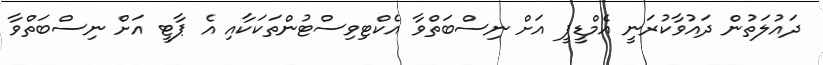
ދައުލަތުން ދައުވާކުރަނީ އެމްޑީޕީ އަށް ނިސްބަތްވާ އެކްޓިވިސްޓުންތަކަކާއި އެ ޕާޓީ އަށް ނިސްބަތްވާ